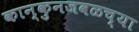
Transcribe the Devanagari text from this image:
कान्कुनजवळच्या